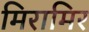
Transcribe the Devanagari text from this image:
मिरामिर